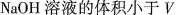
NaOH溶液的体积小于V